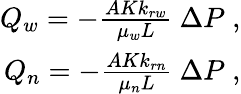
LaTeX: \begin{array}{r}{Q_{w}=-\frac{AKk_{rw}}{\mu_{w}L}\ \Delta P\; ,}\\ {Q_{n}=-\frac{AKk_{rn}}{\mu_{n}L}\ \Delta P\; ,}\end{array}